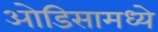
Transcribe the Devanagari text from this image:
ओडिसामध्ये